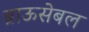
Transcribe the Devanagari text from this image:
ब्राऊसेबल